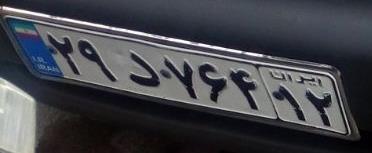
۲۹د۷۶۴۱۲